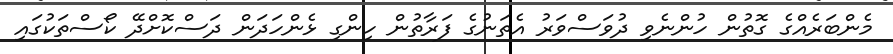
މެންބަރެއްގެ ގޮތުން ހުންނެވި ދުވަސްވަރު އެތަނުގެ ފަރާތުން ހިންގި ޅެންހަދަން ދަސްކޮށްދޭ ކޯސްތަކުގައި